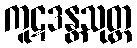
ကူဋဒန္တသုတ္တ